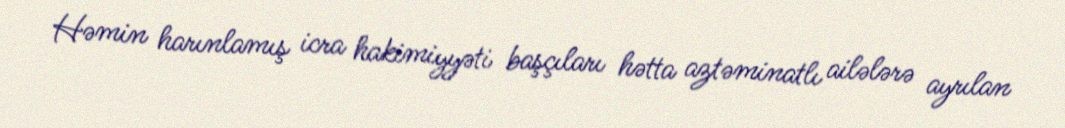
Həmin harınlamış icra hakimiyyəti başçıları hətta aztəminatlı ailələrə ayrılan